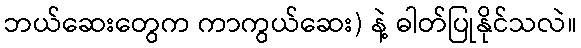
ဘယ်ဆေးတွေက ကာကွယ်ဆေး) နဲ့ ဓါတ်ပြုနိုင်သလဲ။